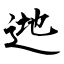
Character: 逇